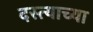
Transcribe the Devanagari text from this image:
दस्त्याच्या